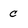
Character: c